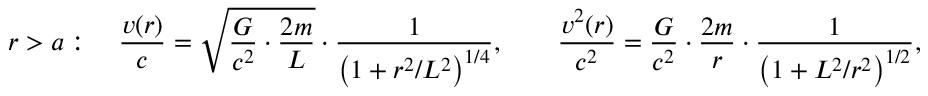
r > a : \quad \frac { v ( r ) } { c } = \sqrt { \frac { G } { c ^ { 2 } } \cdot \frac { 2 m } { L } } \cdot \frac { 1 } { \left( 1 + r ^ { 2 } / L ^ { 2 } \right) ^ { 1 / 4 } } , \qquad \frac { v ^ { 2 } ( r ) } { c ^ { 2 } } = \frac { G } { c ^ { 2 } } \cdot \frac { 2 m } { r } \cdot \frac { 1 } { \left( 1 + L ^ { 2 } / r ^ { 2 } \right) ^ { 1 / 2 } } ,